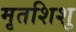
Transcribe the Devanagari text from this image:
मृतशिशु